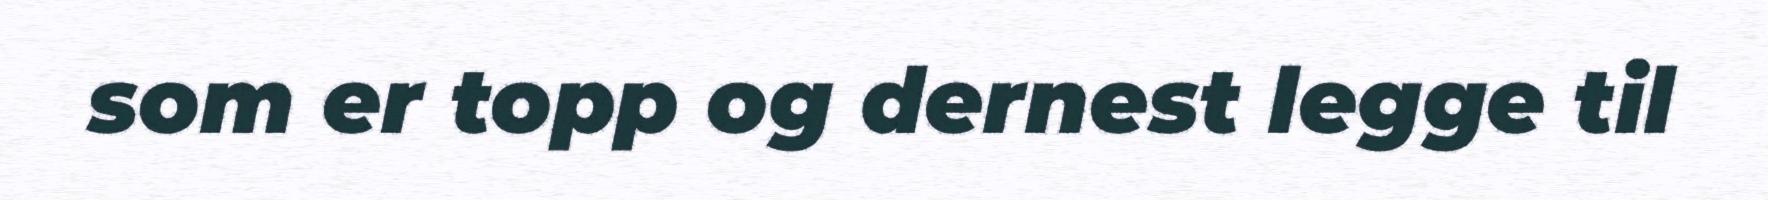
som er topp og dernest legge til